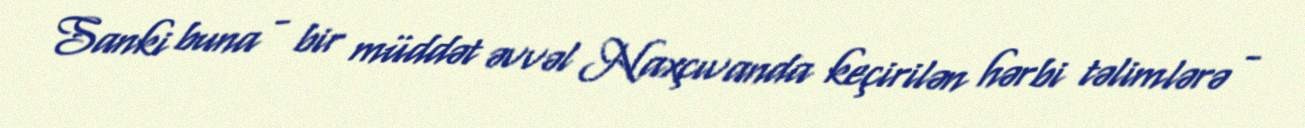
Sanki buna - bir müddət əvvəl Naxçıvanda keçirilən hərbi təlimlərə -